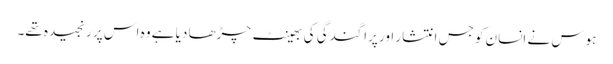
ہوس نے انسان کو جس انتشار اور پراگندگی کی بھینٹ چڑھا دیا ہے وہ اس پر رنجیدہ تھے۔